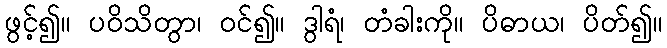
ဖွင့်၍။ ပဝိသိတွာ၊ ဝင်၍။ ဒွါရံ၊ တံခါးကို။ ပိဓာယ၊ ပိတ်၍။